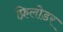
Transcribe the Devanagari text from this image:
फ्रिलोडर